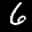
Label: 6